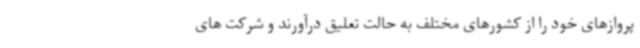
پروازهای خود را از کشورهای مختلف به حالت تعلیق درآورند و شرکت های